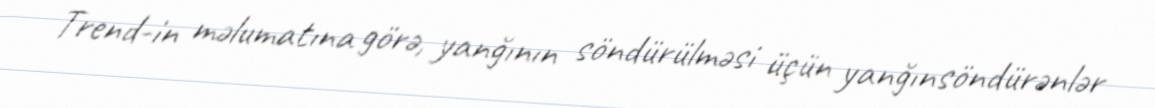
Trend-in məlumatına görə, yanğının söndürülməsi üçün yanğınsöndürənlər